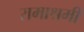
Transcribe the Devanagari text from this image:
रामाश्रमी